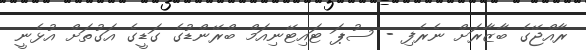
ރާއްޖޭގެ ބާޒާރަށް ނެރެފި - ސުޕަ ޓައިޓޭނިއަމް ބްރޭންޑުގެ ގަޑީގެ އަގުތަށް އުޅެނީ